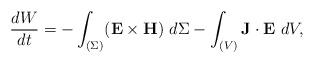
LaTeX: \begin{align*} \frac{dW}{dt} = -\int_{(\Sigma)} (\mathbf{E}\times\mathbf{H}) \ d\Sigma - \int_{(V)} \mathbf{J}\cdot \mathbf{E} \ dV,\end{align*}